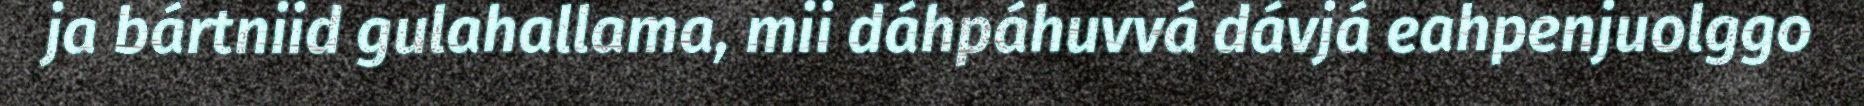
ja bártniid gulahallama, mii dáhpáhuvvá dávjá eahpenjuolggo